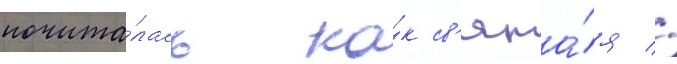
почита́лась ка́к св'ята́я //